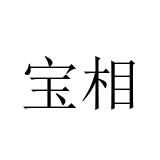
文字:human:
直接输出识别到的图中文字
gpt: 宝相